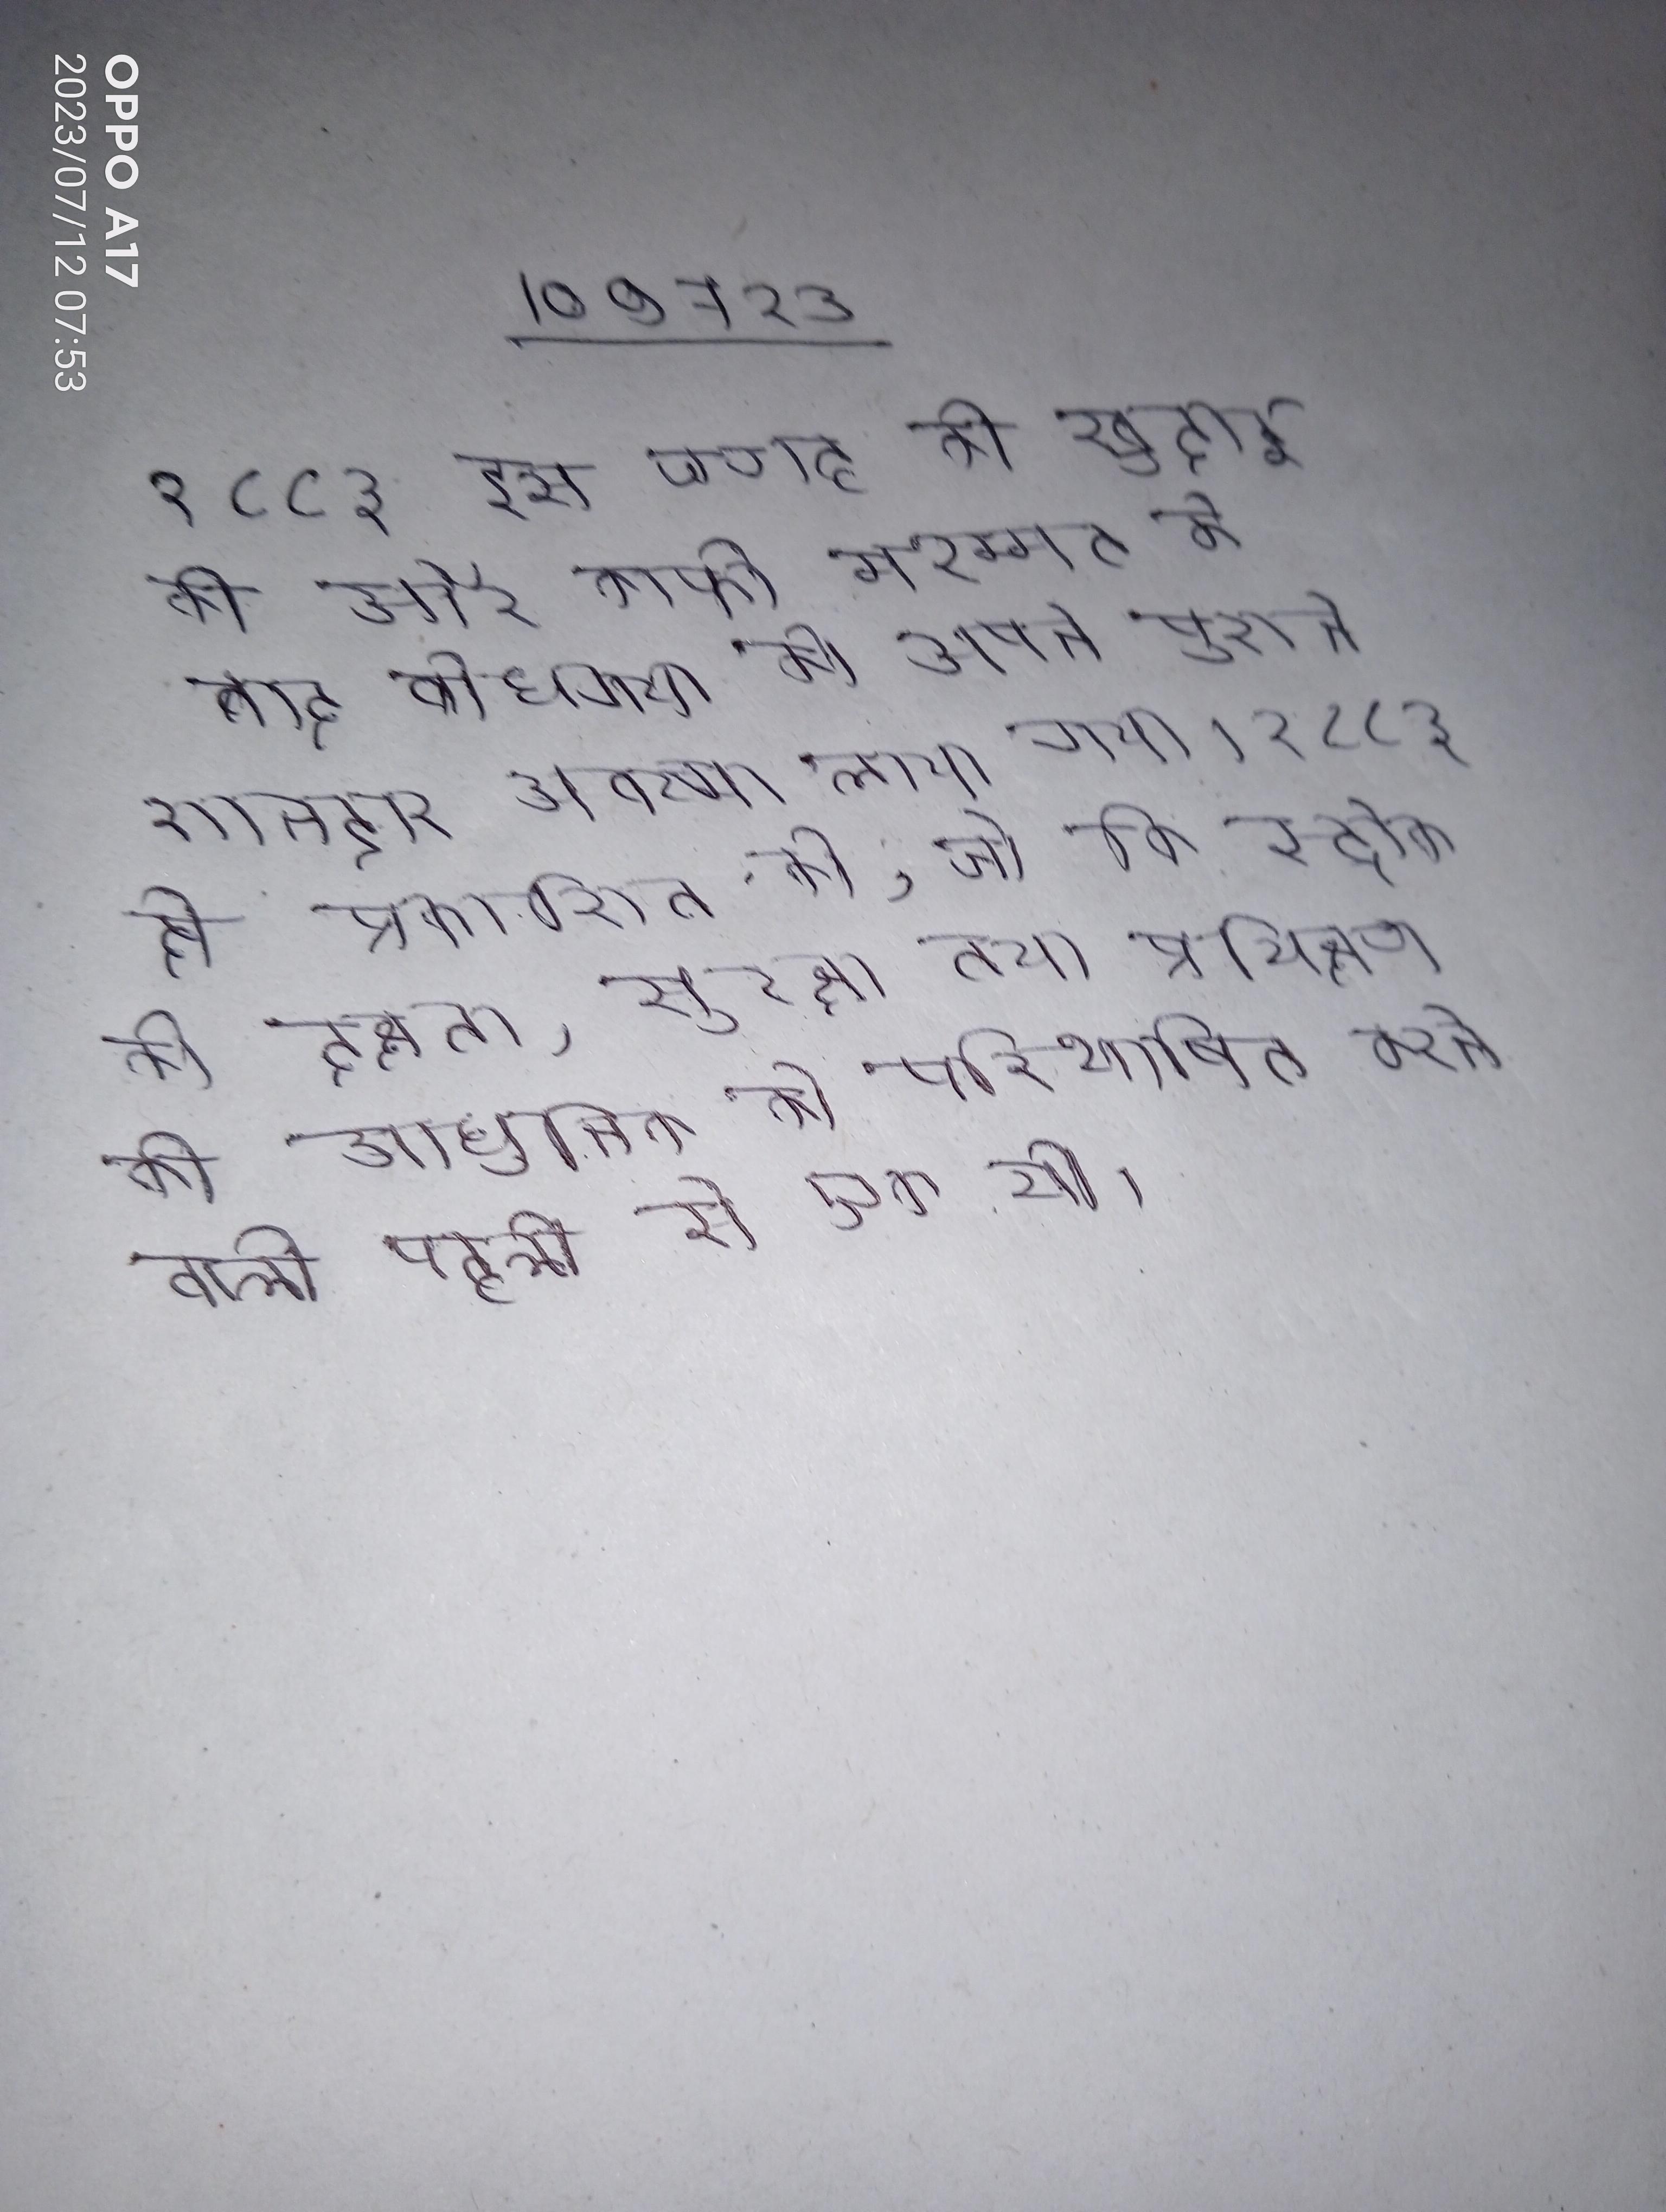
१८८३ इस जगह की खुदाई की और काफी मरम्मत के बाद बोधगया को अपने पुराने शानदार अवस्था लाया गया । १८८३ दी प्रकाशित की, जो कि स्ट्रोक की दक्षता, सुरक्षा तथा प्रशिक्षण की आधुनिक को परिभाषित करने वाली पहली से एक थी ।